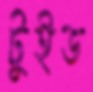
টুইড